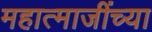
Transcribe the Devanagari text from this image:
महात्माजींच्या